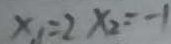
x _ { 1 } = 2 x _ { 2 } = - 1